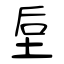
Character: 垕